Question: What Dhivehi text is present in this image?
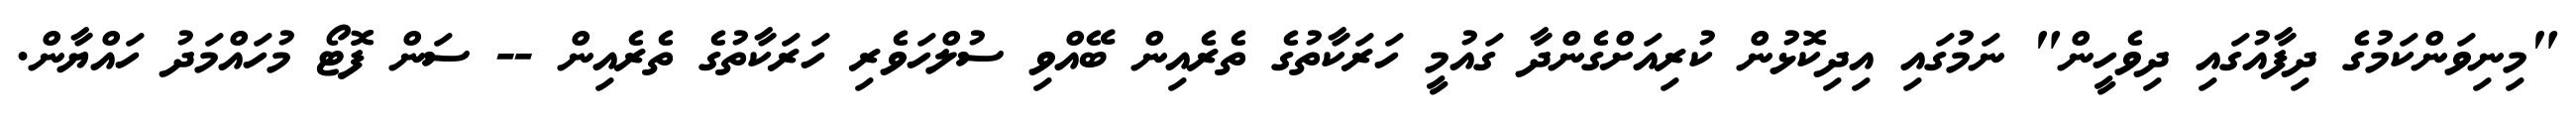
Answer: "މިނިވަންކަމުގެ ދިފާއުގައި ދިވެހީން" ނަމުގައި އިދިކޮޅުން ކުރިއަށްގެންދާ ގައުމީ ހަރަކާތުގެ ތެރެއިން ބޭއްވި ސުލްހަވެރި ހަރަކާތުގެ ތެރެއިން -- ސަން ފޮޓޯ މުހައްމަދު ހައްޔާން.